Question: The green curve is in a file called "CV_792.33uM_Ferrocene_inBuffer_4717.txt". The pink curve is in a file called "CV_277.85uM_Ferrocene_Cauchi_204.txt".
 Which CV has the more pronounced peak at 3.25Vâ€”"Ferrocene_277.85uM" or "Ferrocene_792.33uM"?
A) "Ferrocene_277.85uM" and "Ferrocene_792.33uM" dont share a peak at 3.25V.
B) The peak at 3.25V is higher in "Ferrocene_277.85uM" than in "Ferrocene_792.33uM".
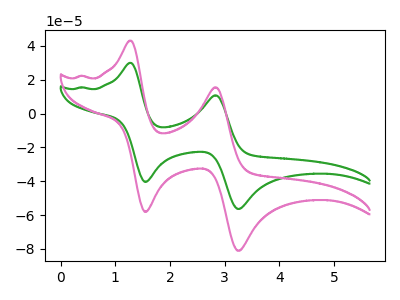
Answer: <think>The green curve "Ferrocene_792.33uM" has anodic peaks at (1.30V, 30.00uA) (2.85V, 10.80uA) and cathodic peaks at (1.55V, -40.40uA) (3.25V, -56.40uA). The pink curve "Ferrocene_277.85uM" has anodic peaks at (1.30V, 43.10uA) (2.85V, 15.55uA) and cathodic peaks at (1.55V, -58.15uA) (3.25V, -81.10uA).</think>
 <answer>B) The peak at 3.25V is higher in "Ferrocene_277.85uM" than in "Ferrocene_792.33uM".</answer>
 <eval>B</eval>